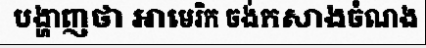
បង្ហាញថា អាមេរិក ចង់កសាងចំណង